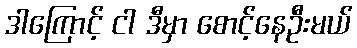
ဒါကြောင့် ငါ ဒီမှာ စောင့်နေဦးမယ်